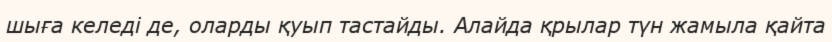
шыға келеді де, оларды қуып тастайды. Алайда қрылар түн жамыла қайта